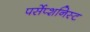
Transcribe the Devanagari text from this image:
पर्सेप्शनिस्ट